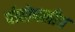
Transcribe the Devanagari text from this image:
पोहोचलीच